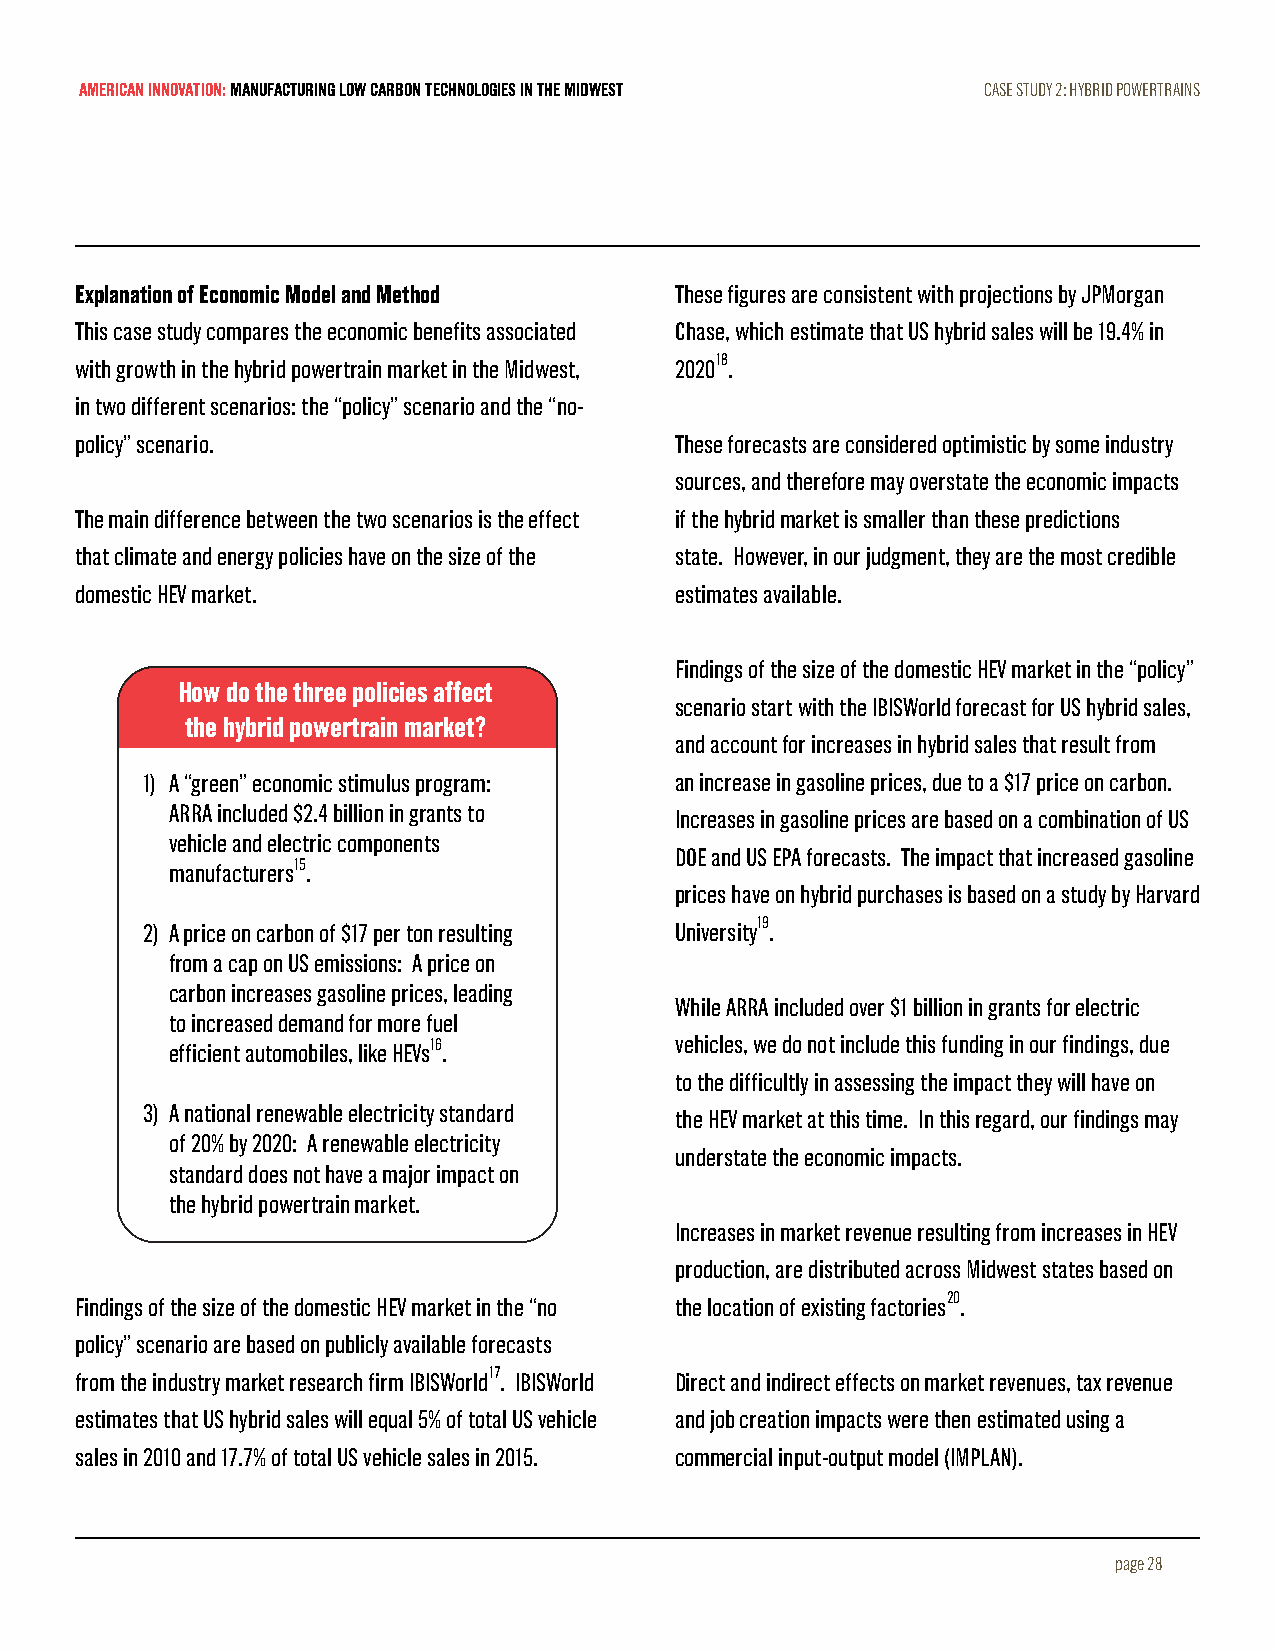
AMERICAN INNOVATION: MANUFACTURING LOW CARBON TECHNOLOGIES IN THE MIDWEST CASE STUDY 2: HYBRID POWERTRAINS
 Explanation of Economic Model and Method These figures are consistent with projections by JPMorgan
 This case study compares the economic benefits associated Chase, which estimate that US hybrid sales will be 19.4% in
 with growth in the hybrid powertrain market in the Midwest, 202018.
 in two different scenarios: the “policy” scenario and the “no-
 policy” scenario.                       These forecasts are considered optimistic by some industry
 sources, and therefore may overstate the economic impacts
 The main difference between the two scenarios is the effect if the hybrid market is smaller than these predictions
 that climate and energy policies have on the size of the state. However, in our judgment, they are the most credible
 domestic HEV market.                    estimates available.
 Findings of the size of the domestic HEV market in the “policy”
 How do the three policies affect
 scenario start with the IBISWorld forecast for US hybrid sales,
 the hybrid powertrain market?
 and account for increases in hybrid sales that result from
 1) A “green” economic stimulus program: an increase in gasoline prices, due to a $17 price on carbon.
 ARRA included $2.4 billion in grants to Increases in gasoline prices are based on a combination of US
 vehicle and electric components
 DOE and US EPA forecasts. The impact that increased gasoline
 manufacturers15.
 prices have on hybrid purchases is based on a study by Harvard
 2) A price on carbon of $17 per ton resulting
 University19.
 from a cap on US emissions: A price on
 carbon increases gasoline prices, leading
 While ARRA included over $1 billion in grants for electric
 to increased demand for more fuel
 efficient automobiles, like HEVs16. vehicles, we do not include this funding in our findings, due
 to the difficultly in assessing the impact they will have on
 3) A national renewable electricity standard the HEV market at this time. In this regard, our findings may
 of 20% by 2020: A renewable electricity
 understate the economic impacts.
 standard does not have a major impact on
 the hybrid powertrain market.
 Increases in market revenue resulting from increases in HEV
 production, are distributed across Midwest states based on
 Findings of the size of the domestic HEV market in the “no the location of existing factories20.
 policy” scenario are based on publicly available forecasts
 from the industry market research firm IBISWorld17. IBISWorld Direct and indirect effects on market revenues, tax revenue
 estimates that US hybrid sales will equal 5% of total US vehicle and job creation impacts were then estimated using a
 sales in 2010 and 17.7% of total US vehicle sales in 2015. commercial input-output model (IMPLAN).
 page 28